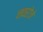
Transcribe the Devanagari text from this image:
नवरोजे